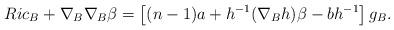
LaTeX: \begin{align*}Ric_B+\nabla_B\nabla_B\beta=\left[(n-1)a+h^{-1}(\nabla_Bh)\beta-bh^{-1}\right]g_B.\end{align*}